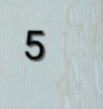
5